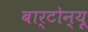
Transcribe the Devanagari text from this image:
बार्टोन्यू